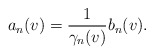
\begin{align*} a_{n}(v)=\frac{1}{\gamma_{n}(v)}b_{n}(v).\end{align*}